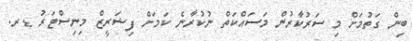
ބިން ގަތުމަށް މި ސަރުކާރުން މަސައްކަތް ނުކުރާނެ ކަމަށް ފިޝަރީޒް މިނިސްޓަރު ޑރ.